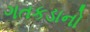
ગતકડાનો